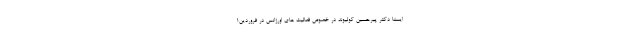
ایسنا دکتر پیرحسین کولیوند در خصوص فعالیت های اورژانس در فروردین١